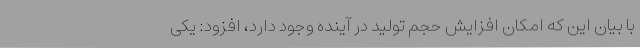
با بیان این که امکان افزایش حجم تولید در آینده وجود دارد، افزود: یکی